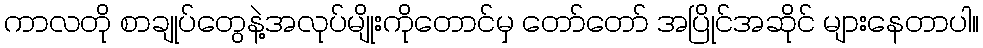
ကာလတို စာချုပ်တွေနဲ့အလုပ်မျိုးကိုတောင်မှ တော်တော် အပြိုင်အဆိုင် များနေတာပါ။